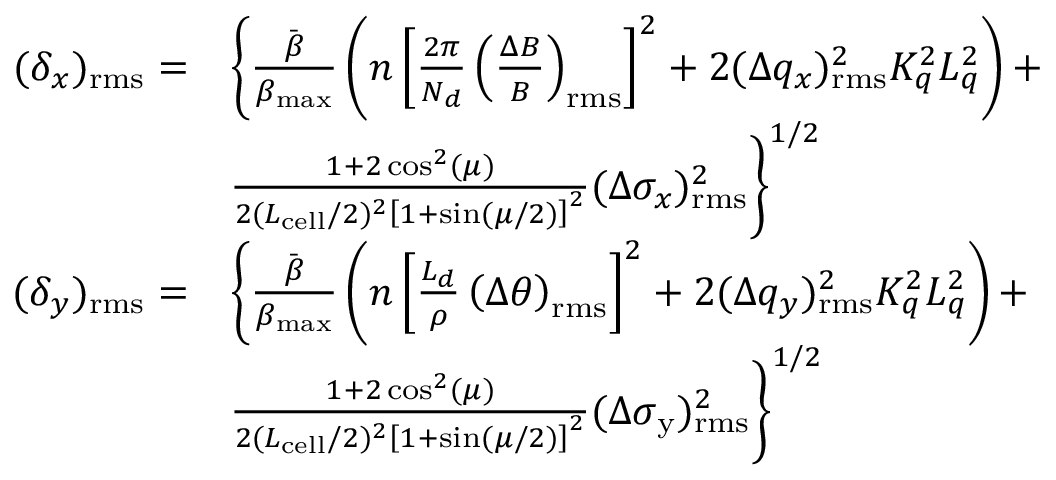
\begin{array} { r l } { ( \delta _ { x } ) _ { \mathrm { r m s } } = } & { \biggl \{ \frac { \Bar { \beta } } { \beta _ { \mathrm { m a x } } } \left( n \left[ \frac { 2 \pi } { N _ { d } } \left( \frac { \Delta B } { B } \right) _ { \mathrm { r m s } } \right] ^ { 2 } + 2 ( \Delta q _ { x } ) _ { \mathrm { r m s } } ^ { 2 } K _ { q } ^ { 2 } L _ { q } ^ { 2 } \right) + } \\ & { \frac { 1 + 2 \cos ^ { 2 } ( \mu ) } { 2 ( L _ { \mathrm { c e l l } } / 2 ) ^ { 2 } \left[ 1 + \sin ( \mu / 2 ) \right] ^ { 2 } } ( \Delta \sigma _ { x } ) _ { \mathrm { r m s } } ^ { 2 } \biggr \} ^ { 1 / 2 } } \\ { ( \delta _ { y } ) _ { \mathrm { r m s } } = } & { \biggl \{ \frac { \Bar { \beta } } { \beta _ { \mathrm { m a x } } } \left( n \left[ \frac { L _ { d } } { \rho } \left( \Delta \theta \right) _ { \mathrm { r m s } } \right] ^ { 2 } + 2 ( \Delta q _ { y } ) _ { \mathrm { r m s } } ^ { 2 } K _ { q } ^ { 2 } L _ { q } ^ { 2 } \right) + } \\ & { \frac { 1 + 2 \cos ^ { 2 } ( \mu ) } { 2 ( L _ { \mathrm { c e l l } } / 2 ) ^ { 2 } \left[ 1 + \sin ( \mu / 2 ) \right] ^ { 2 } } ( \Delta \sigma _ { \mathrm { y } } ) _ { \mathrm { r m s } } ^ { 2 } \biggr \} ^ { 1 / 2 } } \end{array}